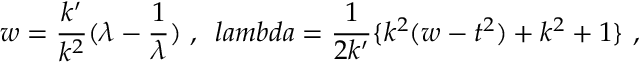
w = \frac { k ^ { \prime } } { k ^ { 2 } } ( \lambda - \frac { 1 } { \lambda } ) \ , \ \, l a m b d a = \frac { 1 } { 2 k ^ { \prime } } \{ k ^ { 2 } ( w - t ^ { 2 } ) + k ^ { 2 } + 1 \} \ ,